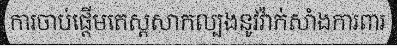
ការចាប់ផ្តើមតេស្តសាកល្បងនូវវ៉ាក់សាំងការពារ